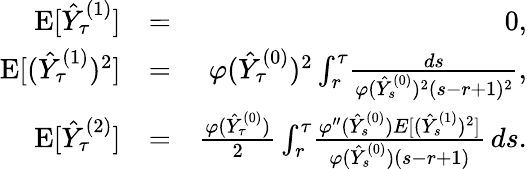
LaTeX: \begin{array}{rlr}{\mathrm{E}[\hat{Y}_{\tau}^{(1)}]}&{=}&{0,}\\ {\mathrm{E}[(\hat{Y}_{\tau}^{(1)})^{2}]}&{=}&{\varphi(\hat{Y}_{\tau}^{(0)})^{2}\int_{r}^{\tau}\! \frac{ds}{\varphi(\hat{Y}_{s}^{(0)})^{2}(s-r+1)^{2}},}\\ {\mathrm{E}[\hat{Y}_{\tau}^{(2)}]}&{=}&{\frac{\varphi(\hat{Y}_{\tau}^{(0)})}{2}\int_{r}^{\tau}\! \frac{\varphi^{\prime\prime}(\hat{Y}_{s}^{(0)})E[(\hat{Y}_{s}^{(1)})^{2}]}{\varphi(\hat{Y}_{s}^{(0)})(s-r+1)}\, ds.}\end{array}